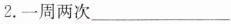
2.一周两次___